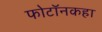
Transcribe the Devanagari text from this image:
फोटॉनकहा